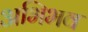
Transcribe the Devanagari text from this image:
अभिभव